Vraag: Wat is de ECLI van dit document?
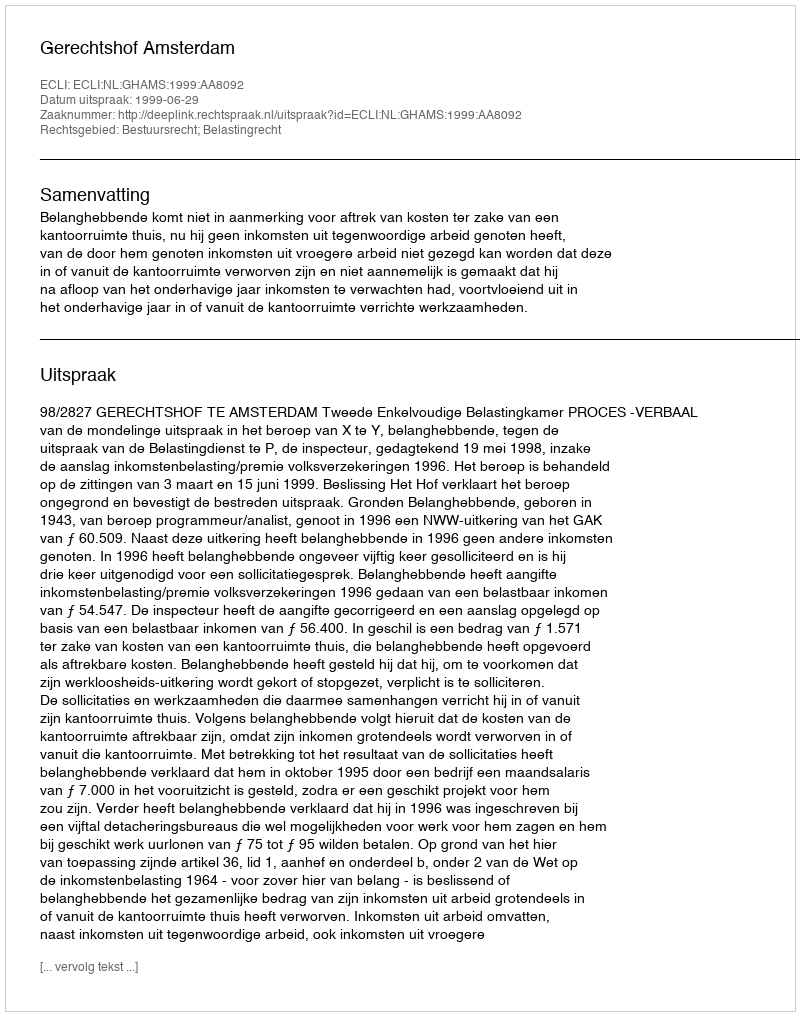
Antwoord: ECLI:NL:GHAMS:1999:AA8092